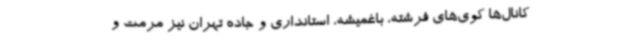
کانال‌ها کوی‌های فرشته، باغمیشه، استانداری و جاده تهران نیز مرمت و